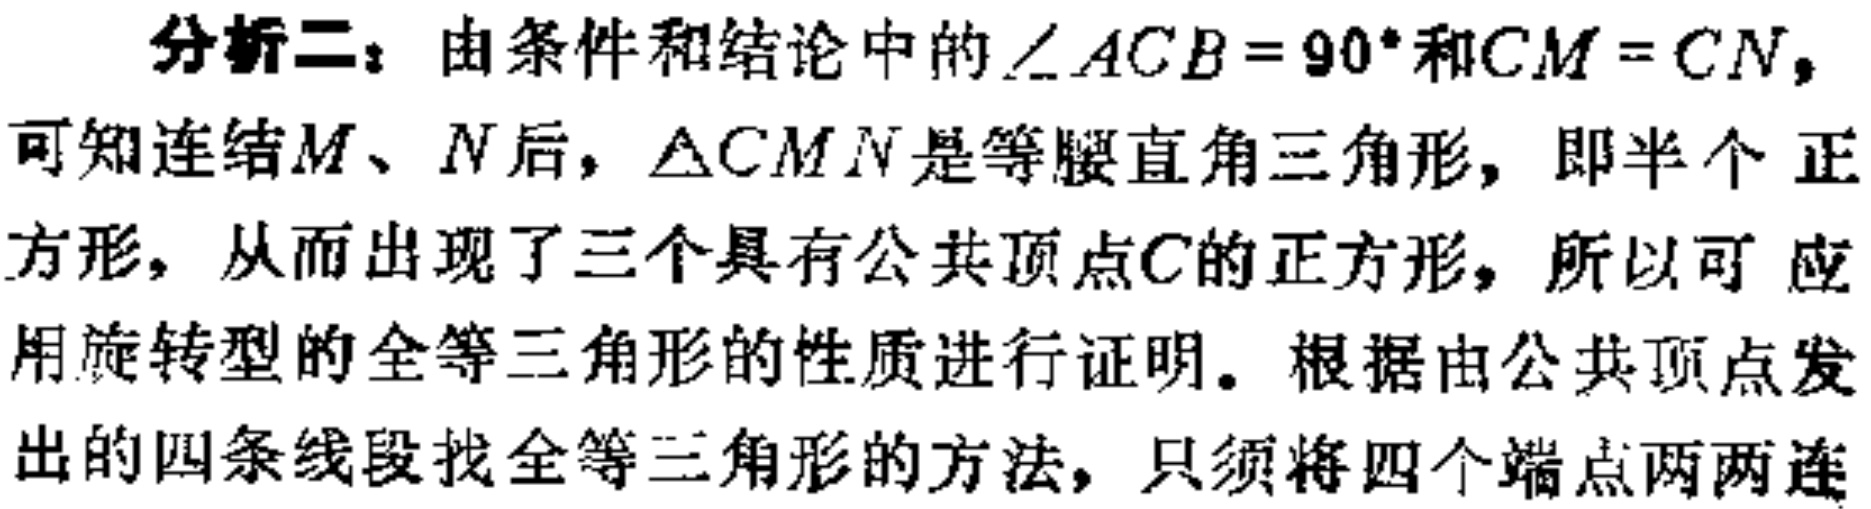
分析二：由条件和结论中的$\angle ACB = 90^{\circ}$和$CM = CN$，可知连结$M$、$N$后，$\triangle CMN$是等腰直角三角形，即半个正方形，从而出现了三个具有公共顶点$C$的正方形，所以可应用旋转型的全等三角形的性质进行证明。根据由公共顶点发出的四条线段找全等三角形的方法，只须将四个端点两两连